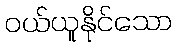
ဝယ်ယူနိုင်သော